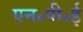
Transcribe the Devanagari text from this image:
एन॰पी॰ई